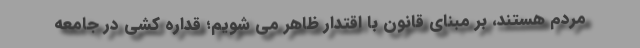
مردم هستند، بر مبنای قانون با اقتدار ظاهر می شویم؛ قداره کشی در جامعه